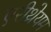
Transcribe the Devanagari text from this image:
एरीथ्रेयम